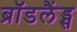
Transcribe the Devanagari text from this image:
ब्रॉडलैंड्स